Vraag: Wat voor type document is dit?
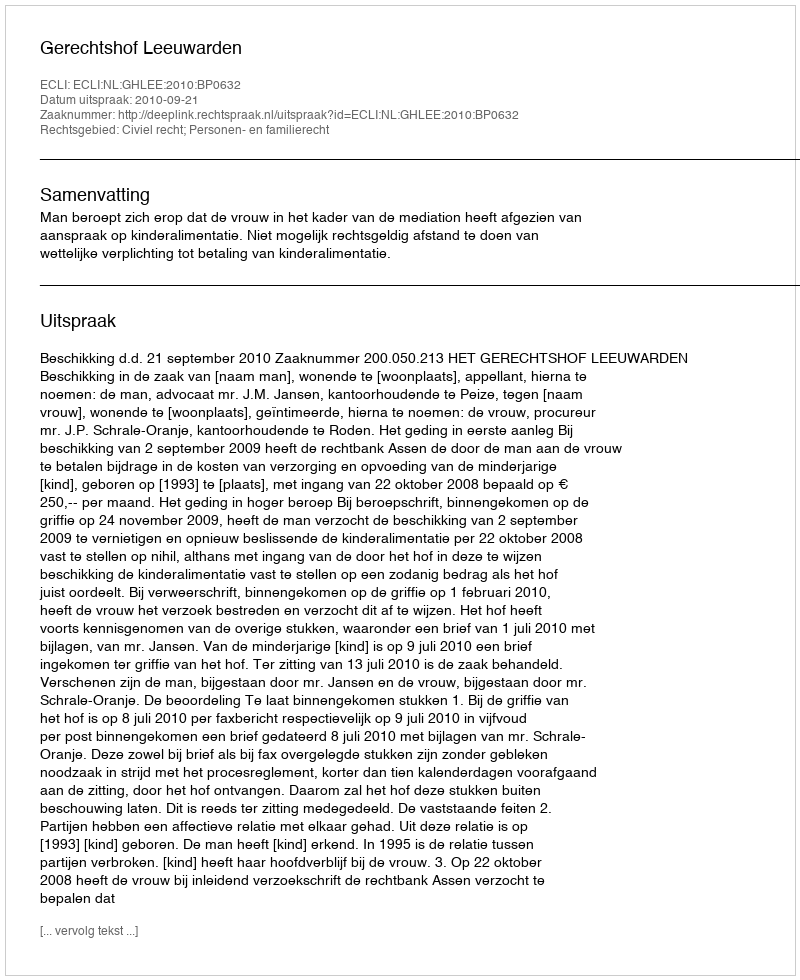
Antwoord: Uitspraak